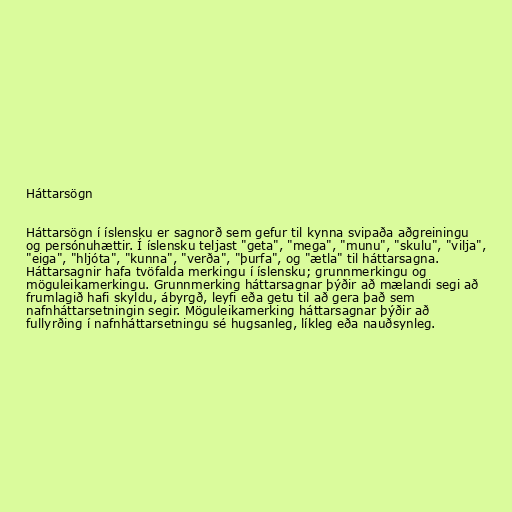
Háttarsögn

Háttarsögn í íslensku er sagnorð sem gefur til kynna svipaða aðgreiningu
og persónuhættir. Í íslensku teljast "geta", "mega", "munu", "skulu", "vilja",
"eiga", "hljóta", "kunna", "verða", "þurfa", og "ætla" til háttarsagna.
Háttarsagnir hafa tvöfalda merkingu í íslensku; grunnmerkingu og
möguleikamerkingu. Grunnmerking háttarsagnar þýðir að mælandi segi að
frumlagið hafi skyldu, ábyrgð, leyfi eða getu til að gera það sem
nafnháttarsetningin segir. Möguleikamerking háttarsagnar þýðir að
fullyrðing í nafnháttarsetningu sé hugsanleg, líkleg eða nauðsynleg.